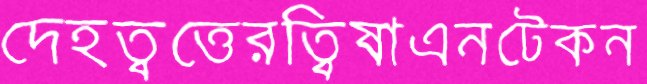
দেহত্বত্তেরত্বিষাএনটেকন